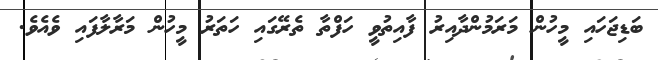
ބަޑިޖަހައި މީހުން މަރަމުންދާއިރު ފާއިތުވީ ހަފްތާ ތެރޭގައި ހަތަރު މީހުން މަރާލާފައި ވެއެވެ.